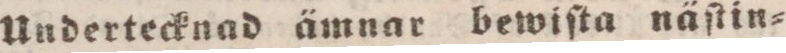
Undertecknad ämnar bewiſta näſtin=